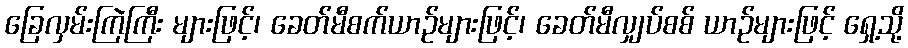
ခြေလှမ်းကြဲကြီး များဖြင့်၊ ခေတ်မီစက်ယာဉ်များဖြင့်၊ ခေတ်မီလျှပ်စစ် ယာဉ်များဖြင့် ရှေ့သို့